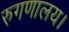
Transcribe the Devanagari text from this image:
रुगणालय।